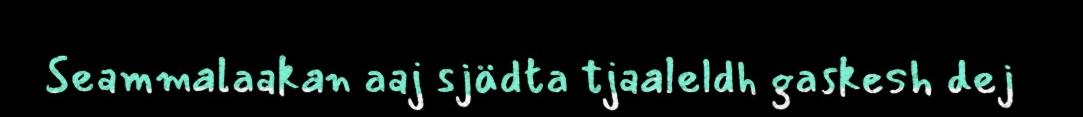
Seammalaakan aaj sjädta tjaaleldh gaskesh dej